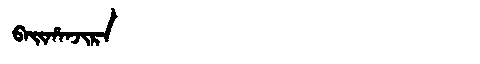
Manchu: ᠪᠠᡳᡥᠠᠨᠵᡳᡵᠠ
Romanization: BAIHANJIRA